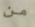
من